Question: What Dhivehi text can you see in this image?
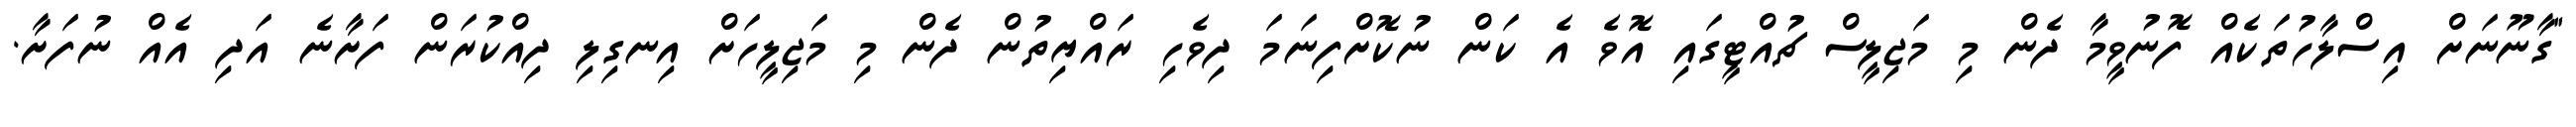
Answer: "ގާނޫނަށް އިސްލާހުތަކެއް ފޮނުވީމާ ދެން މި މަޖިލީސް ޗުއްޓީގައި އޮވެ އެ ކަން ނުކޮށްފިނަމަ ދިވެހި ރައްޔިތުން ދެން މި މަޖިލީހަށް އިނގިލި ދިއްކުރަން ފަށާނެ އަދި އެއް ނުފަށާ.